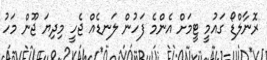
ރޮނާލްޑޯ ގައުމީ ޓީމަށް އެންމެ ފަހުން ލަނޑެއް ޖެހީ މިދިޔަ ޖޫން މަހު